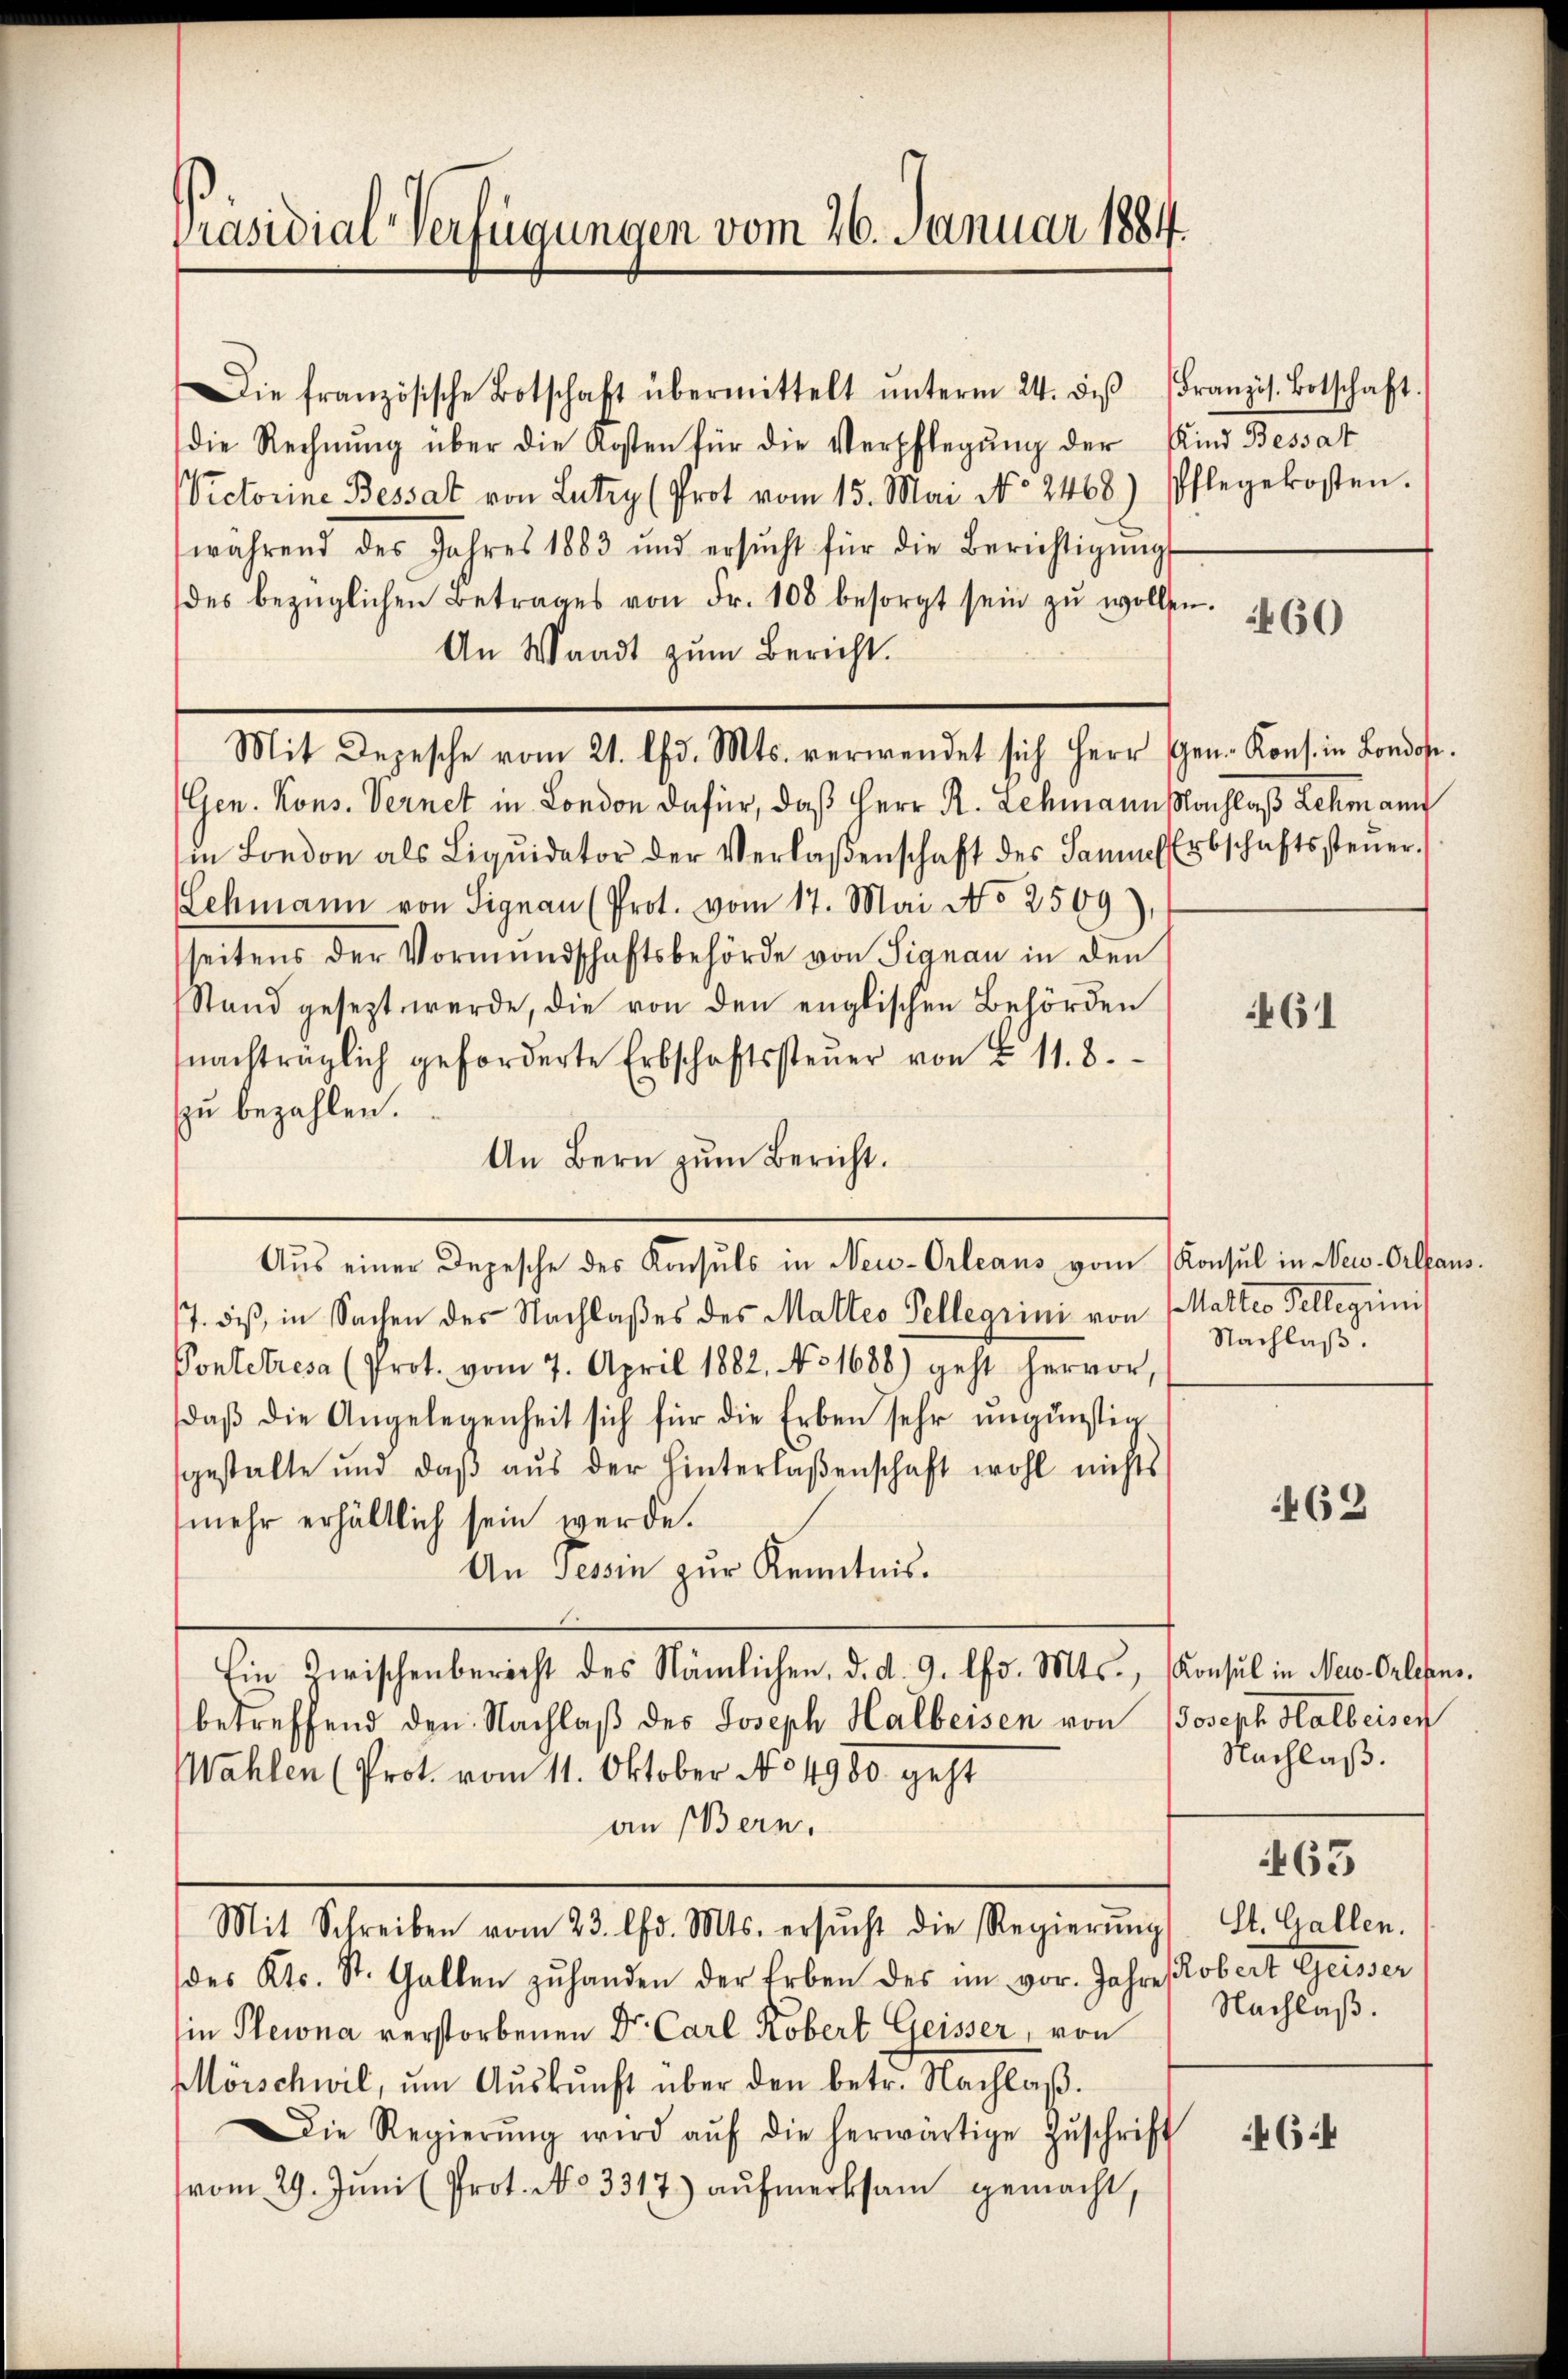
Präsidial-Verfügungen vom 26. Januar 1884.

Die französische Botschaft übermittelt ŭnterm 24. des Franzis. Botschaft.
die Rechnŭng über die Kosten für die Verpflegŭng der Kind Bessat
Victorine Bessat von Lutry (Prot vom 15. Mai No 2468) Pflegekosten.
während des Jahres 1883 und ersŭcht für die Berichtigŭngs
des bezüglichen Betrages von Fr. 108 besorgt sein zŭ wollen.
An Waadt zum Bericht.
Mit Depesche vom 21. d. Mts. verwendet sich Herr Gen. Kons. in London.
Gen. Kons. Vernet in London dafür, daß Herr R. Schmannsachlaß Lehmann
in London als Liqŭidator der Verlaßenschaft des Samme Erbschaftssteŭer-
Schmann von Signau (Prot. vom 17. Mai No 2509),
seitens der Vormŭndschaftsbehörde von Signau in den
Stand gesezt werde, die von den englischen Behörden
nachträglich geforderte Erbschaftssteŭer von § 11. 8.
zu bezahlen.
An Bern zum Bericht.
Aŭs einer Depesche des Konsuls in Neu-Orleans vom Konsul in New-Orleans¬
17. diß, in Sachen des Nachlaßes des Matteo Pellegrini von Matteo Tellegiinis
Pontetresa (Prot. vom 7. April 1882, No 1688) geht hervor,
daß die Angelegenheit sich für die Erben sehr ungünstig
gestalte und daβ aŭs der hinterlaßenschaft wohl nichts
mehr erhältlich sein werde.
An Tessin zur Kenntnis.
Ein Zwischenbericht des Nämlichen, d. d. 9. lfd. Mts., Konsul in New-Orlehnsbetreffend den Nachlaβ des Joseph Halbeisen von Joseph Halbeisen
Wahlen (Prot. vom 11. Oktober No. 4980 geht
an (Bern,
Mit Schreiben vom 23. lfd. Mts. ersŭcht die Regierŭng
des Kts. St. Gallen zŭ handen der Erben des im vor. Jahre Robert Geisser
in Plena verstorbenen Dr. Carl Kobert Geisser, von
Mörschwil, ŭm Aŭskŭnft über den betr. Nachlaβ.
Die Regierŭng wird aŭf die herwärtige Zŭschrift
vom 29. Jŭni (Prot. No 3317) aŭfmerksam gemacht,

460

461

Nachlaß.

463

Nachlaß.
463
St. Gallen.
Nachlaß.

6:4